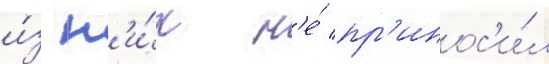
и́з н'и́х н'е́ пр'инос'и́л